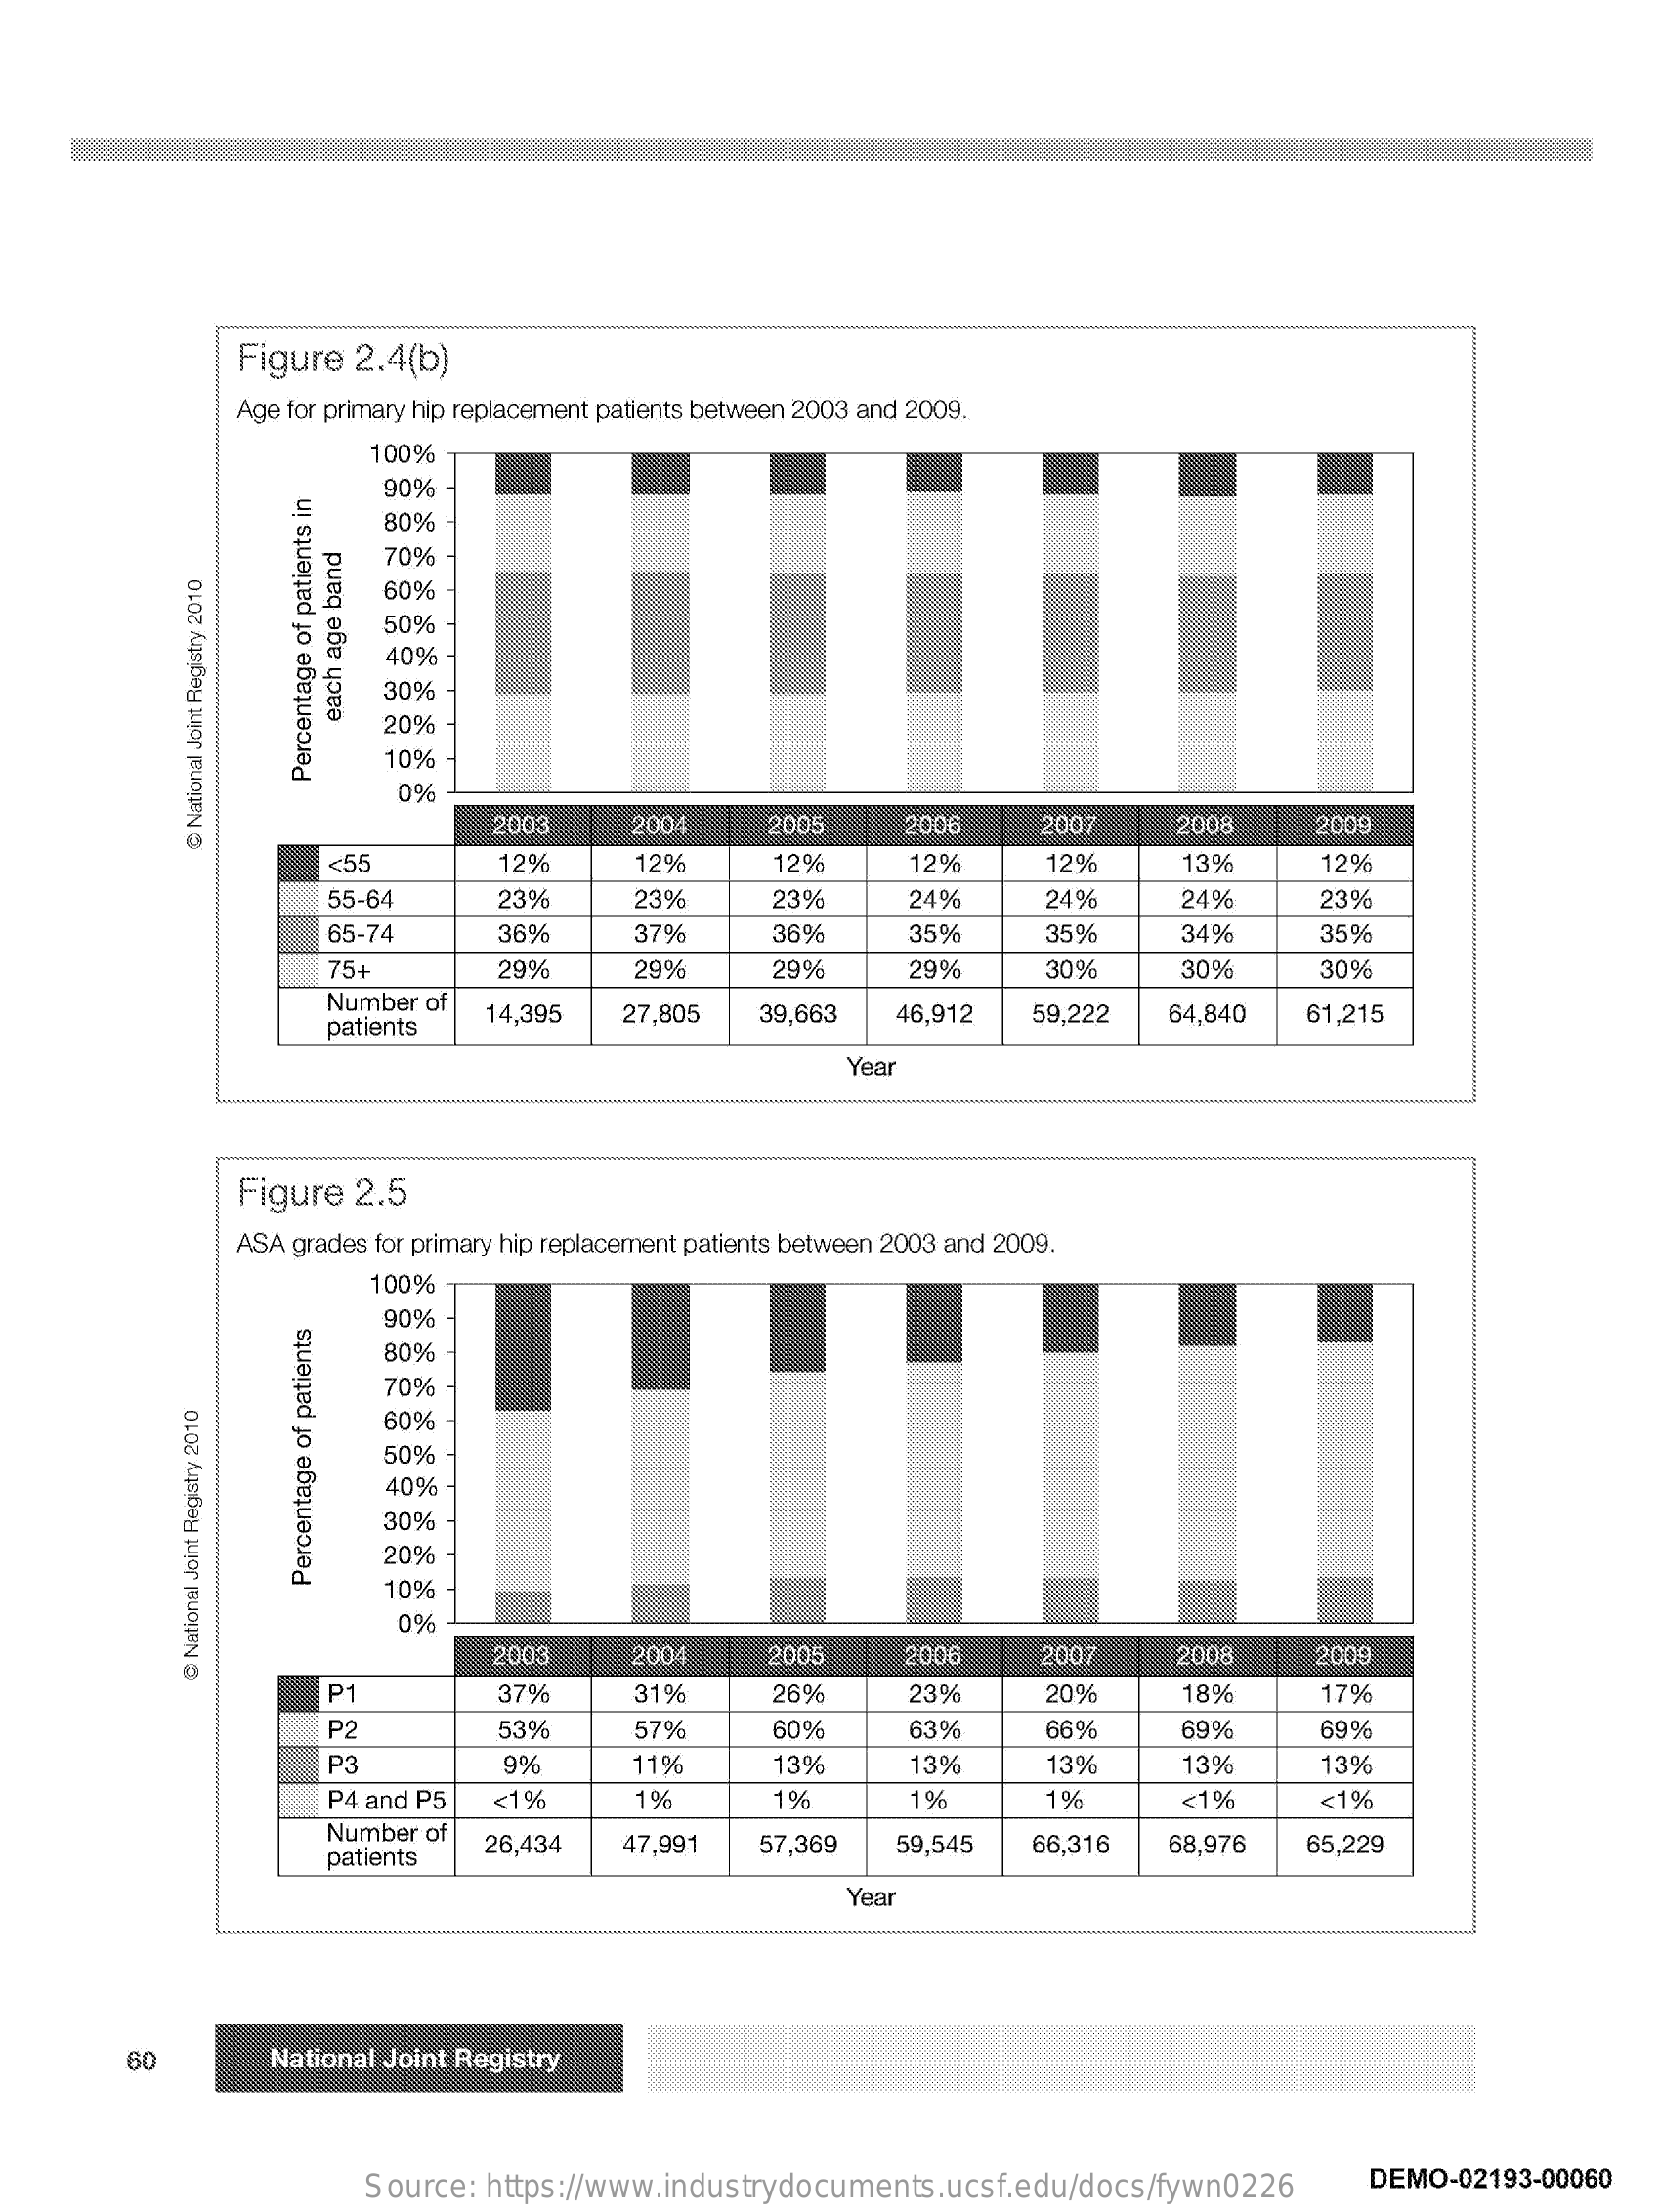
Figure 2.4(b)
     Age for primary hip replacement patients between 2003 and 2009.
     100%
     90%
     80%
     70%
     60%
     50%
     40%
     30%
     20%
     each
     age
     band
     10%%
     0%
     Percentage
     of
     patients
     in
     2003    2004    2005    2006    2007    2008    2009
     <55
     @
     National
     Joint
     Registry
     2010
     12%    12%    12%    12%    129    13%    12%
     55-64    23%    23%    23%    24%    24%    24%    23%
     65-74    36%    37%    36%    35%    35%    34%    35%
     75+    29%    29%    29%    29%    30%    30%    30%
     Number of
     patients
     14,395  27,805  39,663  46,912  59,222   64,840  61,215
     Year
     Figure 2.5
     ASA grades for primary hip replacement patients between 2003 and 2009.
     100%
     90%
     80%
     70%
     60%
     50%
     40%
     30%
     20%
     10%
     Percentage
     of
     patients
     0%
     2003    2004    2005    2006    2007    2008    2009
     P1    37%    31%    26%    23%    209
     @
     National
     Joint
     Registry
     2010
     18%    7%
     P2    53%    57%    60%    63%    66%    69%    69%
     P3    9%    11%    13%    13%    13%    13%    13%
     P4 and P5 <1%    1%    1%    1%    1%    <1%    <1%
     Number of
     patients
     26,434   47,991  57,369  59,545  66,316   68,976  65,229
     Year
     60    National Joint Registry
     Source: https://www.industrydocuments.ucsf.edu/docs/fywn0226 DEMO-02193-00060